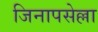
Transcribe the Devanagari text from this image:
जिनापसेल्ला